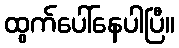
ထွက်ပေါ်နေပါပြီ။